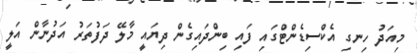
މިއަދު ހިނގި އެކްސިޑެންޓްގައި ފައި ބިންދައިގެން ދިޔައީ މާލޭ ދަފުތަރު އަދުނާން އަލީ